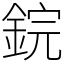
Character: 鋎